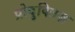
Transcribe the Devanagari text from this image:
प्रोदुक्तिज़